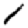
Digit: 1